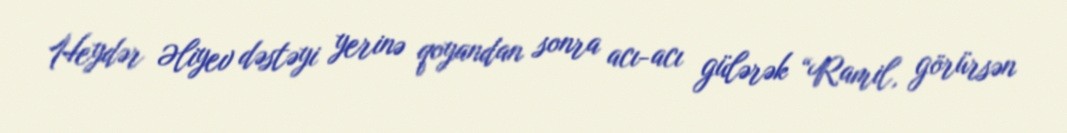
Heydər Əliyev dəstəyi yerinə qoyandan sonra acı-acı gülərək “Ramil, görürsən